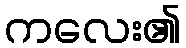
ကလေး၏